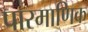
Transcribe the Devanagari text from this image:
पारमाणिक